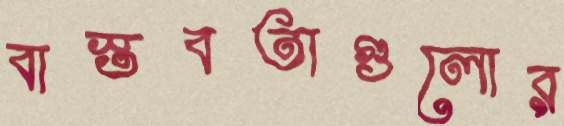
বাস্তবতাগুলোর